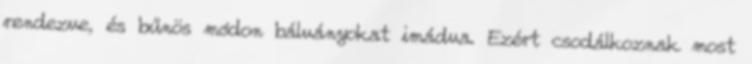
rendezve, és bűnös módon bálványokat imádva. Ezért csodálkoznak most